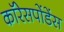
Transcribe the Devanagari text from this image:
कॉरेसपोंडेंस